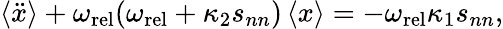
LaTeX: \langle\ddot{x}\rangle+\omega_{\mathrm{rel}}(\omega_{\mathrm{rel}}+\kappa_{2}s_{nn})\left\langle x\right\rangle=-\omega_{\mathrm{rel}}\kappa_{1}s_{nn},